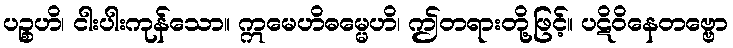
ပဉ္စဟိ၊ ငါးပါးကုန်သော။ ဣမေဟိဓမ္မေဟိ၊ ဤတရားတို့ဖြင့်။ ပဋိဝိနေတဗ္ဗော